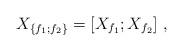
LaTeX: \begin{align*} X_{\{f_1;f_2\}}=[X_{f_1};X_{f_2}]\ ,\end{align*}